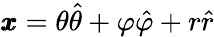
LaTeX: \pmb{x}=\theta\hat{\theta}+\varphi\hat{\varphi}+r\hat{r}